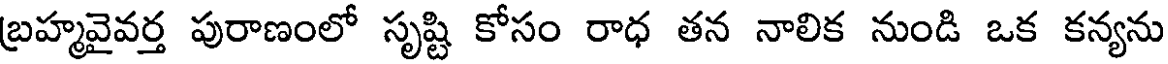
బ్రహ్మవైవర్త పురాణంలో సృష్టి కోసం రాధ తన నాలిక నుండి ఒక కన్యను